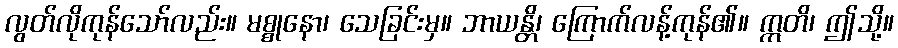
လွတ်လိုကုန်သော်လည်း။ မစ္စုနော၊ သေခြင်းမှ။ ဘာယန္တိ၊ ကြောက်လန့်ကုန်၏။ ဣတိ၊ ဤသို့။